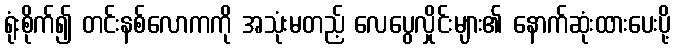
ရုံးစိုက်၍ တင်းနစ်လောကကို အသုံးမတည့် လေပွေလှိုင်းများ၏ နောက်ဆုံးထားပေးပို့